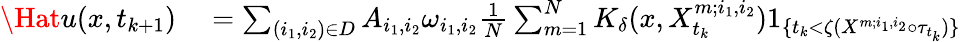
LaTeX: \begin{array}{rl}{\Hat{u}(x,t_{k+1})}&{{}=\sum_{(i_{1},i_{2})\in D}A_{i_{1},i_{2}}\omega_{i_{1},i_{2}}\frac{1}{N}\sum_{m=1}^{N}K_{\delta}(x,X_{t_{k}}^{m;i_{1},i_{2}})1_{\{ t_{k}<\zeta(X^{m;i_{1},i_{2}}\circ\tau_{t_{k}})\} }}\end{array}